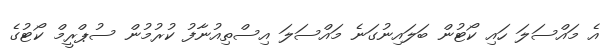
އެ މައްސަލަ ހައި ކޯޓުން ބަލައިނުގަނެ މައްސަލަ އިސްތިއުނާފު ކުރުމުން ސުޕްރީމް ކޯޓުގެ